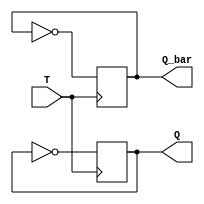
module T_flip_flop (
    input T,
    output reg Q,
    output reg Q_bar
);

always @ (posedge T)
begin
    if (T == 1'b1)
    begin
        Q <= ~Q;
        Q_bar <= ~Q_bar;
    end
end

endmodule